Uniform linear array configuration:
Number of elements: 24
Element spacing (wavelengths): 0.75
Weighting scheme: hann
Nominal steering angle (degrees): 45
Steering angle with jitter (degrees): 43.668
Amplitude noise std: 0.05
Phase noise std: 0.05

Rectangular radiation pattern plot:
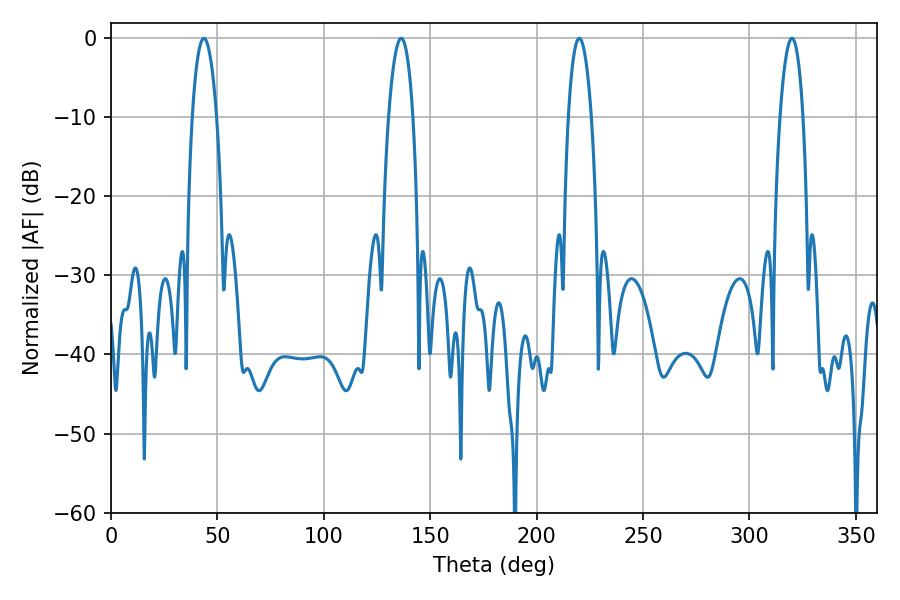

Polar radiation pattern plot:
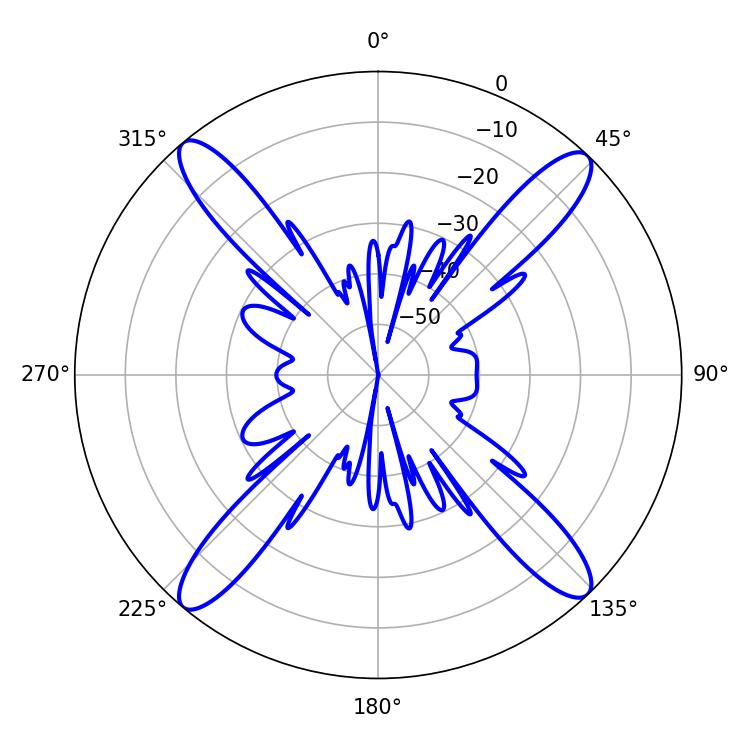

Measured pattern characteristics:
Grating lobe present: TRUE
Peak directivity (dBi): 20.092
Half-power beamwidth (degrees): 6.12
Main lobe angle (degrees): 219.96